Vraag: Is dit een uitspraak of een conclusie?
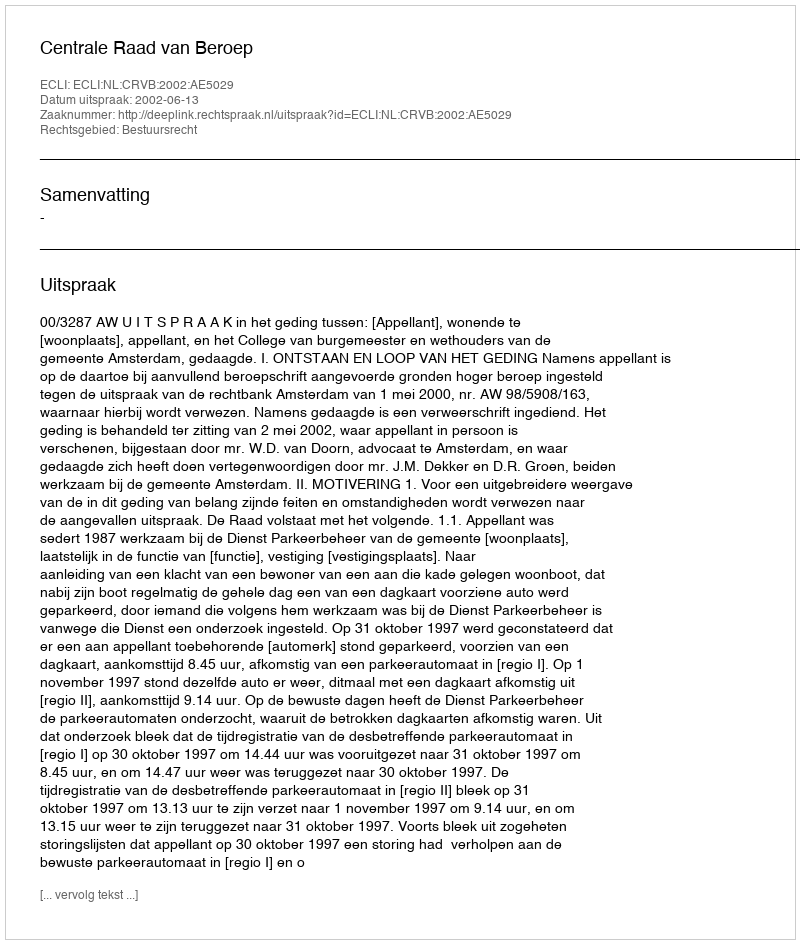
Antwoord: Uitspraak